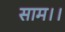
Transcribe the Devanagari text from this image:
साम।।